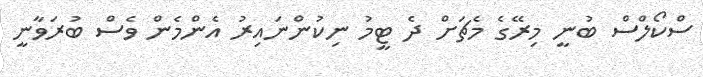
ސްކޯލްސް ބުނީ މިރޭގެ މެޗަށް ދެ ޓީމު ނިކުންނައިރު އެންމެން ވެސް ބުރަވާނީ